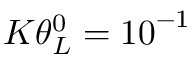
K \theta _ { L } ^ { 0 } = { { 1 0 } ^ { - 1 } }